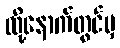
ထို့နောက်တွင်မှ